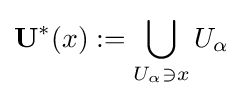
\mathbf {U} ^{*}(x):=\bigcup _{U_{\alpha }\ni x}U_{\alpha }